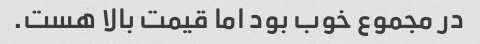
در مجموع خوب بود اما قیمت بالا هست.